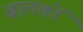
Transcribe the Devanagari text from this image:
बालकोंं